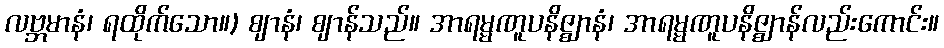
လဗ္ဘမာနံ၊ ရထိုက်သော။) ဈာနံ၊ ဈာန်သည်။ အာရမ္မဏူပနိဇ္ဈာနံ၊ အာရမ္မဏူပနိဇ္ဈာန်လည်းကောင်း။